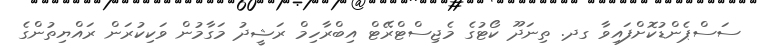
ސަސްޕެންޑުކޮށްފައިވާ ގދ. ތިނަދޫ ކޯޓުގެ މެޖިސްޓްރޭޓް އިބްރާހިމް ރަޝީދު މަގާމުން ވަކިކުރަން ރައްޔިތުންގެ